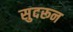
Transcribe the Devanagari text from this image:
सुदरून